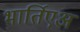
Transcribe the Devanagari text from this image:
भार्तिएअ